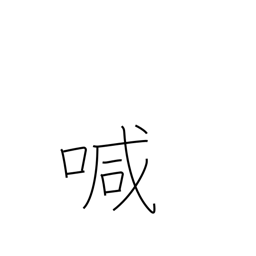
Meaning: call